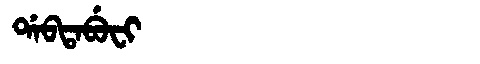
Manchu: ᡩᠠᠪᡨᠠᠪᡠᠸᡳ
Romanization: DABTABUFI